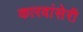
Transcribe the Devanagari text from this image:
कारवांसेरी